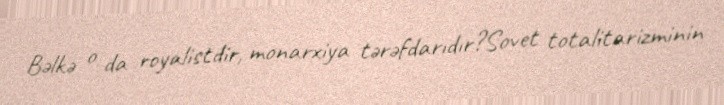
Bəlkə o da royalistdir, monarxiya tərəfdarıdır?Sovet totalitarizminin